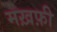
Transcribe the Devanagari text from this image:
मख़फ़ी